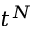
t ^ { N }